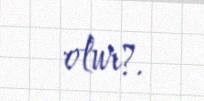
olur?.